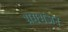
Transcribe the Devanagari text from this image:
भ्रमभंजन